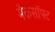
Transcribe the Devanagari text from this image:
मैकसॉफ्ट